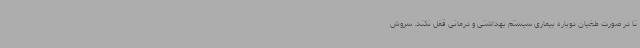
تا در صورت طغیان دوباره بیماری سیستم بهداشتی و درمانی قفل نکند. سروش